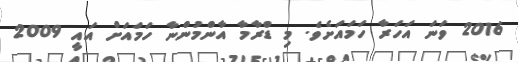
2016 ވަނަ އަހަރާ ހަމައަށެވެ. މި ޑްރާމާ އާންމުންނާ ހަމައަށް އައީ 2009